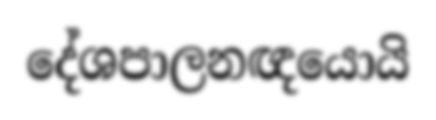
දේශපාලනඥයොයි